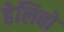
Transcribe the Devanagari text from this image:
हेलिबो